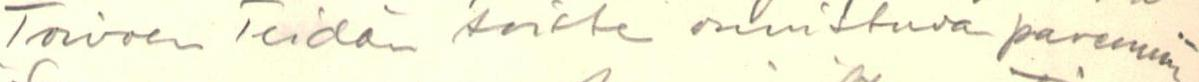
Toivoen Teidän toiste onnistuvan paremmin